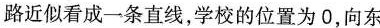
路近似看成一条直线，学校的位置为0，向东